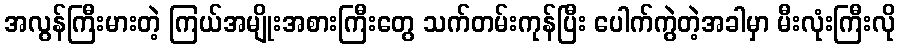
အလွန်ကြီးမားတဲ့ ကြယ်အမျိုးအစားကြီးတွေ သက်တမ်းကုန်ပြီး ပေါက်ကွဲတဲ့အခါမှာ မီးလုံးကြီးလို